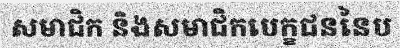
សមាជិក និងសមាជិកបេក្ខជននៃប